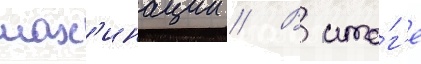
мах'инации // В ито́г'е